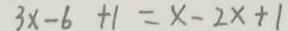
3 x - 6 + 1 = x - 2 x + 1